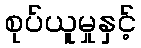
စုပ်ယူမှုနှင့်